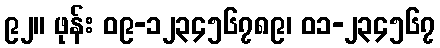
၉၂။ ဖုန်း ၀၉-၁၂၃၄၅၆၇၈၉၊ ၀၁-၂၃၄၅၆၇